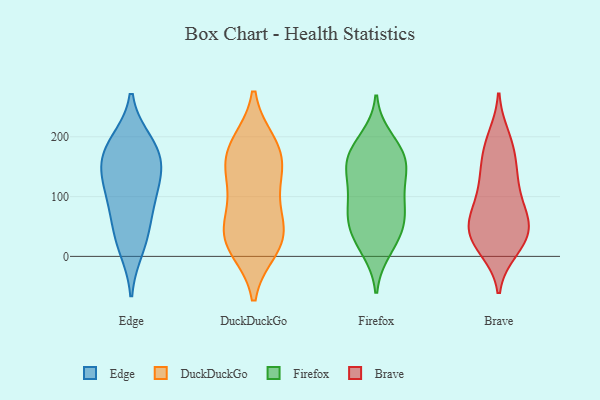
{"axis": {"x": "Production Output", "y": "Value"}, "legend": ["Brave", "DuckDuckGo", "Edge", "Firefox"], "data": [{"x": "", "y": 108, "type": "Edge"}, {"x": "", "y": 69, "type": "Edge"}, {"x": "", "y": 15, "type": "Edge"}, {"x": "", "y": 36, "type": "Edge"}, {"x": "", "y": 169, "type": "Edge"}, {"x": "", "y": 190, "type": "Edge"}, {"x": "", "y": 104, "type": "Edge"}, {"x": "", "y": 183, "type": "Edge"}, {"x": "", "y": 147, "type": "Edge"}, {"x": "", "y": 147, "type": "Edge"}, {"x": "", "y": 166, "type": "DuckDuckGo"}, {"x": "", "y": 119, "type": "DuckDuckGo"}, {"x": "", "y": 48, "type": "DuckDuckGo"}, {"x": "", "y": 45, "type": "DuckDuckGo"}, {"x": "", "y": 15, "type": "DuckDuckGo"}, {"x": "", "y": 181, "type": "DuckDuckGo"}, {"x": "", "y": 109, "type": "DuckDuckGo"}, {"x": "", "y": 36, "type": "DuckDuckGo"}, {"x": "", "y": 187, "type": "DuckDuckGo"}, {"x": "", "y": 21, "type": "DuckDuckGo"}, {"x": "", "y": 159, "type": "DuckDuckGo"}, {"x": "", "y": 76, "type": "Firefox"}, {"x": "", "y": 58, "type": "Firefox"}, {"x": "", "y": 171, "type": "Firefox"}, {"x": "", "y": 40, "type": "Firefox"}, {"x": "", "y": 10, "type": "Firefox"}, {"x": "", "y": 139, "type": "Firefox"}, {"x": "", "y": 165, "type": "Firefox"}, {"x": "", "y": 98, "type": "Firefox"}, {"x": "", "y": 106, "type": "Firefox"}, {"x": "", "y": 158, "type": "Firefox"}, {"x": "", "y": 93, "type": "Firefox"}, {"x": "", "y": 16, "type": "Firefox"}, {"x": "", "y": 187, "type": "Firefox"}, {"x": "", "y": 148, "type": "Firefox"}, {"x": "", "y": 54, "type": "Firefox"}, {"x": "", "y": 145, "type": "Firefox"}, {"x": "", "y": 52, "type": "Firefox"}, {"x": "", "y": 198, "type": "Firefox"}, {"x": "", "y": 18, "type": "Brave"}, {"x": "", "y": 152, "type": "Brave"}, {"x": "", "y": 65, "type": "Brave"}, {"x": "", "y": 183, "type": "Brave"}, {"x": "", "y": 53, "type": "Brave"}, {"x": "", "y": 185, "type": "Brave"}, {"x": "", "y": 74, "type": "Brave"}, {"x": "", "y": 47, "type": "Brave"}, {"x": "", "y": 124, "type": "Brave"}, {"x": "", "y": 199, "type": "Brave"}, {"x": "", "y": 83, "type": "Brave"}, {"x": "", "y": 121, "type": "Brave"}, {"x": "", "y": 134, "type": "Brave"}, {"x": "", "y": 29, "type": "Brave"}, {"x": "", "y": 34, "type": "Brave"}, {"x": "", "y": 24, "type": "Brave"}, {"x": "", "y": 66, "type": "Brave"}, {"x": "", "y": 12, "type": "Brave"}]}